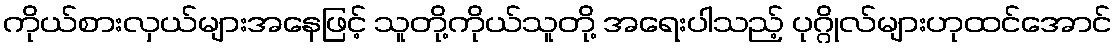
ကိုယ်စားလှယ်များအနေဖြင့် သူတို့ကိုယ်သူတို့ အရေးပါသည့် ပုဂ္ဂိုလ်များဟုထင်အောင်